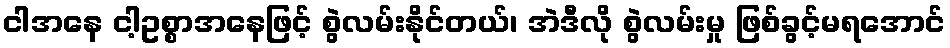
ငါအနေ ငါ့ဥစ္စာအနေဖြင့် စွဲလမ်းနိုင်တယ်၊ အဲဒီလို စွဲလမ်းမှု ဖြစ်ခွင့်မရအောင်